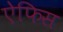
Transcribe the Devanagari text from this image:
ऐफिस